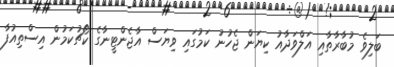
ބަލިވެ މުބާރާތާއި އަލްވަދާއު ކިޔަން ޖެހުނު ކަމުގައި ވިޔަސް އާޖެންޓީނާގެ ކޯޗުކަމުން އިސްތިއުފާ